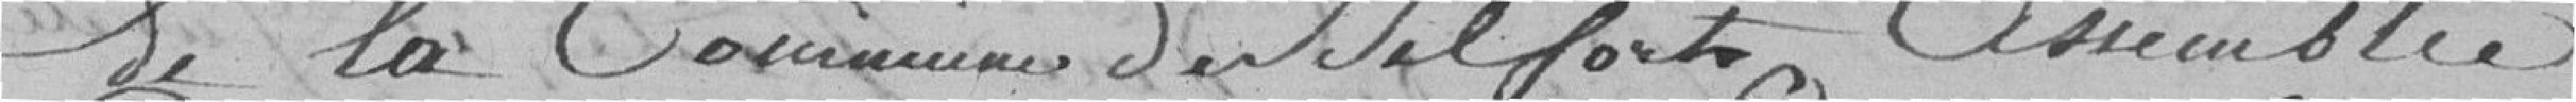
de la commune de Belfort assemblée